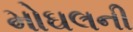
મોઘલની